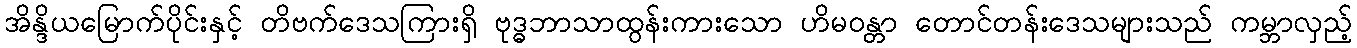
အိန္ဒိယမြောက်ပိုင်းနှင့် တိဗက်ဒေသကြားရှိ ဗုဒ္ဓဘာသာထွန်းကားသော ဟိမဝန္တာ တောင်တန်းဒေသများသည် ကမ္ဘာလှည့်